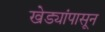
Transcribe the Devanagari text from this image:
खेड्यांपासून